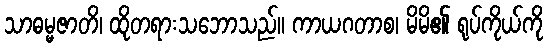
သာဓမ္မဇာတိ၊ ထိုတရားသဘောသည်။ ကာယဂတာစ၊ မိမိ၏ ရုပ်ကိုယ်ကို